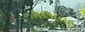
કલાવા